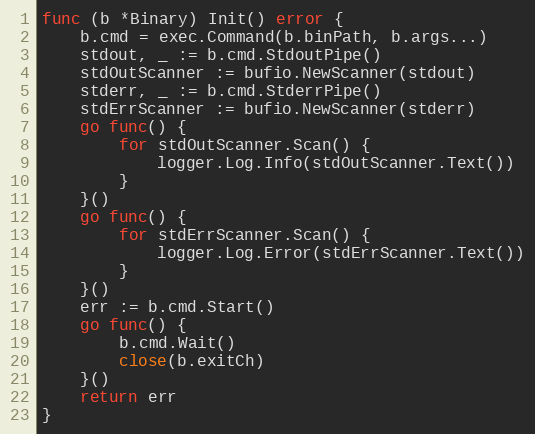
Language: Go
func (b *Binary) Init() error {
	b.cmd = exec.Command(b.binPath, b.args...)
	stdout, _ := b.cmd.StdoutPipe()
	stdOutScanner := bufio.NewScanner(stdout)
	stderr, _ := b.cmd.StderrPipe()
	stdErrScanner := bufio.NewScanner(stderr)
	go func() {
		for stdOutScanner.Scan() {
			logger.Log.Info(stdOutScanner.Text())
		}
	}()
	go func() {
		for stdErrScanner.Scan() {
			logger.Log.Error(stdErrScanner.Text())
		}
	}()
	err := b.cmd.Start()
	go func() {
		b.cmd.Wait()
		close(b.exitCh)
	}()
	return err
}